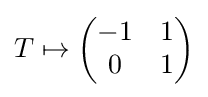
T\mapsto {\begin{pmatrix}-1&1\\0&1\end{pmatrix}}